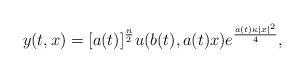
LaTeX: \begin{align*} y(t,x) = [a(t)]^{\frac{n}{2}} u(b(t),a(t)x) e^{\frac{a(t)\kappa |x|^2}{4}},\end{align*}